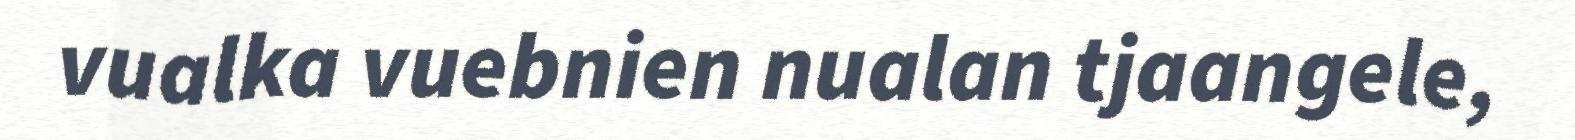
vualka vuebnien nualan tjaangele,